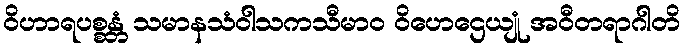
ဝိဟာရပစ္စန္တံ သမာနသံဝါသကသီမာဝ ဝိဟေဌေယျုံ အဝီတရာဂါတိ